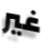
غير